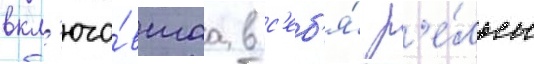
вкл'юча́вшаа в с'еб'я́ р'е́льсы